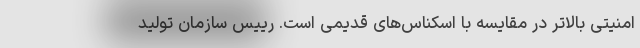
امنیتی بالاتر در مقایسه با اسکناس‌های قدیمی است. رییس سازمان تولید